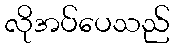
လိုအပ်ပေသည်